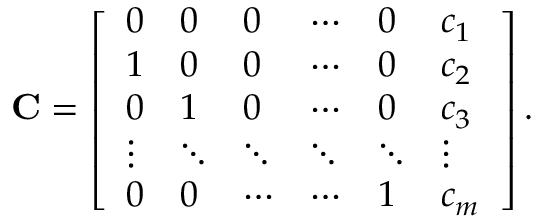
\mathbf { C } = \left[ \begin{array} { l l l l l l } { 0 } & { 0 } & { 0 } & { \cdots } & { 0 } & { c _ { 1 } } \\ { 1 } & { 0 } & { 0 } & { \cdots } & { 0 } & { c _ { 2 } } \\ { 0 } & { 1 } & { 0 } & { \cdots } & { 0 } & { c _ { 3 } } \\ { \vdots } & { \ddots } & { \ddots } & { \ddots } & { \ddots } & { \vdots } \\ { 0 } & { 0 } & { \cdots } & { \cdots } & { 1 } & { c _ { m } } \end{array} \right] .